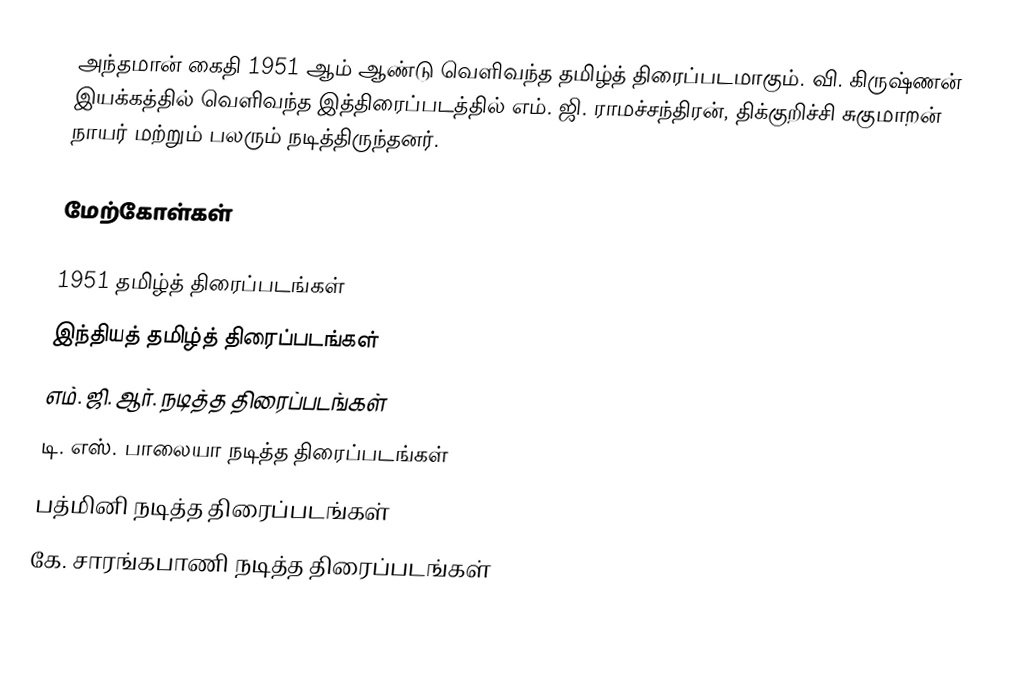
அந்தமான் கைதி 1951 ஆம் ஆண்டு வெளிவந்த தமிழ்த் திரைப்படமாகும். வி. கிருஷ்ணன் இயக்கத்தில் வெளிவந்த இத்திரைப்படத்தில் எம். ஜி. ராமச்சந்திரன், திக்குறிச்சி சுகுமாறன் நாயர் மற்றும் பலரும் நடித்திருந்தனர்.

மேற்கோள்கள்

1951 தமிழ்த் திரைப்படங்கள்
இந்தியத் தமிழ்த் திரைப்படங்கள்
எம். ஜி. ஆர். நடித்த திரைப்படங்கள்
டி. எஸ். பாலையா நடித்த திரைப்படங்கள்
பத்மினி நடித்த திரைப்படங்கள்
கே. சாரங்கபாணி நடித்த திரைப்படங்கள்